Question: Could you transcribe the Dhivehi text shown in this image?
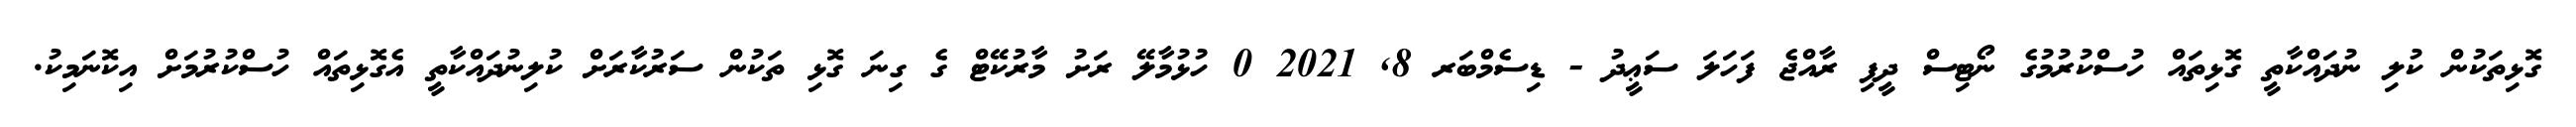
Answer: ގޮޅިތަކުން ކުލި ނުދައްކާތީ ގޮޅިތައް ހުސްކުރުމުގެ ނޯޓިސް ދީފި ރާއްޖެ ފަހަލަ ސަޢީދު - ޑިސެމްބަރ 8, 2021 0 ހުޅުމާލޭ ރަށު މާރުކޭޓް ގެ ގިނަ ގޮޅި ތަކުން ސަރުކާރަށް ކުލިނުދައްކާތީ އެގޮޅިތައް ހުސްކުރުމަށް އިކޮނަމިކު.